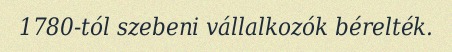
1780-tól szebeni vállalkozók bérelték.